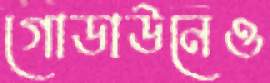
গোডাউনেও